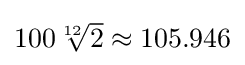
{\textstyle 100{\sqrt[{12}]{2}}\approx 105.946}